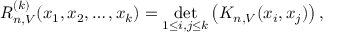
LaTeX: R _ { n , V } ^ { ( k ) } ( x _ { 1 } , x _ { 2 } , \dots , x _ { k } ) = \operatorname* { d e t } _ { 1 \leq i , j \leq k } \left( K _ { n , V } ( x _ { i } , x _ { j } ) \right) ,